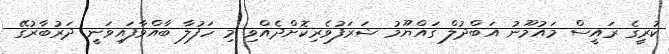
ކުރީގެ ރައީސް މައުމޫނު އަބްދުލް ގައްޔޫމު ޝަރަފުވެރިކޮށްދެއްވި މި ހަފުލާ ބާއްވާފައިވަނީ ދަރުބާރުގޭ